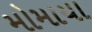
મોમાયા